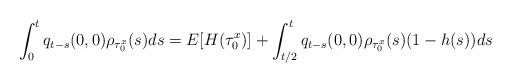
LaTeX: \begin{align*}\int_0^{t} q_{t -s}(0,0) \rho_{\tau_0^{x}}(s)ds&=E[H(\tau_0^{x})]+ \int_{t/2}^{t} q_{t -s}(0,0) \rho_{\tau_0^{x}}(s)(1-h(s))ds\end{align*}